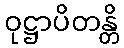
ဝုဋ္ဌာပိတန္တိ